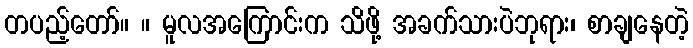
တပည့်တော်။ ။ မူလအကြောင်းက သိဖို့ အခက်သားပဲဘုရား၊ စာချနေတဲ့